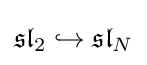
{\mathfrak {sl}}_{2}\hookrightarrow {\mathfrak {sl}}_{N}